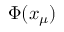
\Phi ( x _ { \mu } )